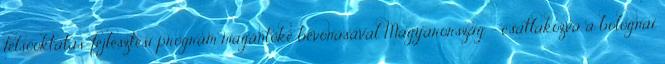
felsőoktatás-fejlesztési program magántőke bevonásával Magyarország - csatlakozva a bolognai